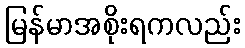
မြန်မာအစိုးရကလည်း